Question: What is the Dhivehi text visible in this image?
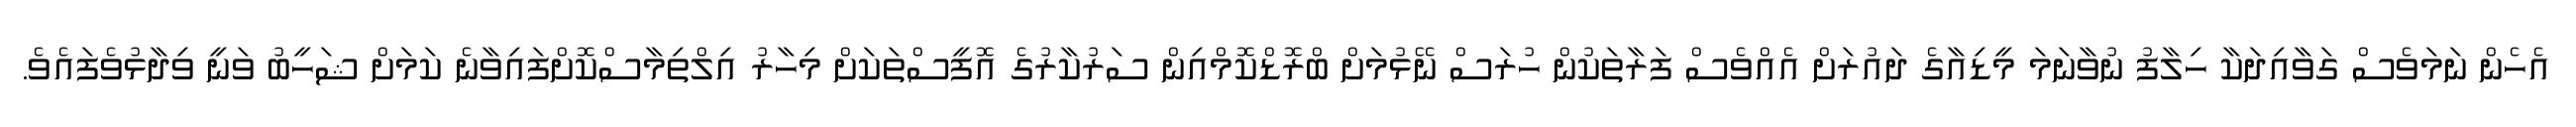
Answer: އެހެން ނަމަވެސް ގަވާއިދަކާ ހިލާފު ނުވާނަމަ މީޑިއާގެ ދައުރަށް އެއްވެސް ފަރާތަކުން ހުރަސް ނޭޅުމަށް ބްރޮޑްކޮމްއިން ސަރުކާރުގެ އޮފީސްތަކަށް މިހާރު އިލްތިމާސްކޮށްފައިވާނެ ކަމަށް ޝަހީބު ވަނީ ވިދާޅުވެފައެވެ.